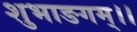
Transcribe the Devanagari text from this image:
शुभाङगम्।।